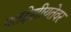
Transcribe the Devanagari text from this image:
एतद्देशीयतेवर